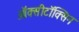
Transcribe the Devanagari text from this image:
ऑक्सीटॉक्सिन